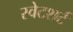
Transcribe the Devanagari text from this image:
स्वेटशर्ट